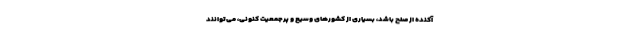
آکنده از صلح باشد، بسیاری از کشورهای وسیع و پرجمعیت کنونی، می‌توانند